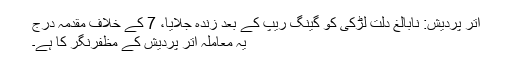
اتر پردیش: نابالغ دلت لڑکی کو گینگ ریپ کے بعد زندہ جلایا، 7 کے خلاف مقدمہ درج
یہ معاملہ اتر پردیش کے مظفرنگر کا ہے۔